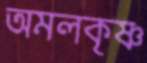
অমলকৃষ্ণ